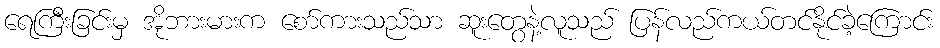
ရေကြီးခြင်းမှ အိုဘားမားက စော်ကားသည်သာ ဆူးတွေနဲ့လူသည် ပြန်လည်ကယ်တင်နိုင်ခဲ့ကြောင်း